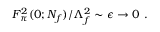
F _ { \pi } ^ { 2 } ( 0 ; N _ { f } ) / \Lambda _ { f } ^ { 2 } \sim \epsilon \rightarrow 0 \ .